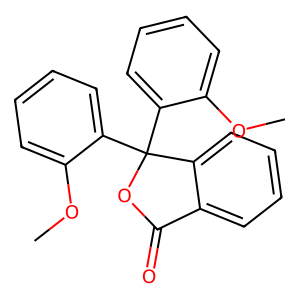
SMILES: COc1ccccc1C1(c2ccccc2OC)OC(=O)c2ccccc21
Inhibits HIV replication: No